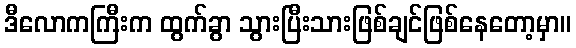
ဒီလောကကြီးက ထွက်ခွာ သွားပြီးသားဖြစ်ချင်ဖြစ်နေတော့မှာ။